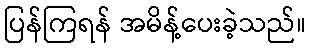
ပြန်ကြရန် အမိန့်ပေးခဲ့သည်။